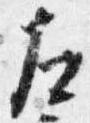
左